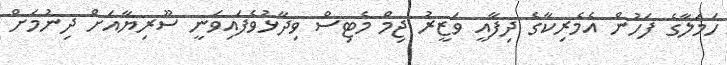
ހަމަލާގެ ފަހުން އެމެރިކާގެ ދިފާއީ ވަޒީރު ޖިމް މެޓިސް ވިދާޅުވެފައިވަނީ ސޫރިޔާއަށް ދިނުމަށް